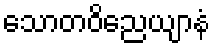
သောတဝိညေယျာနံ